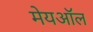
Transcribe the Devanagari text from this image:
मेयऑल